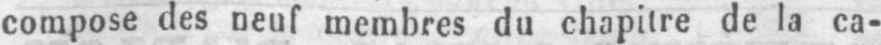
compose des neuf membres du chapitre de la ca-